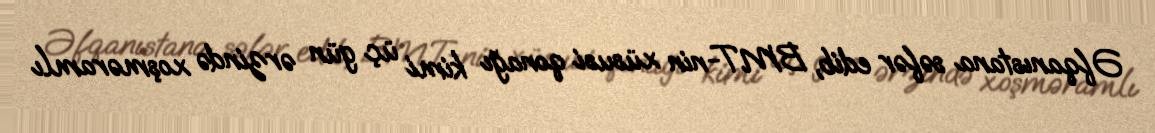
Əfqanıstana səfər edib, BMT-nin xüsusi qonağı kimi üç gün ərzində xoşməramlı